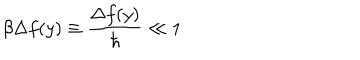
\beta \Delta f ( y ) \equiv \frac { \Delta f ( y ) } { \hbar } \ll 1